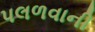
પલળવાની